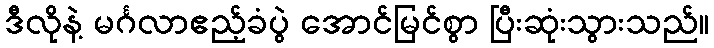
ဒီလိုနဲ့ မင်္ဂလာဧည့်ခံပွဲ အောင်မြင်စွာ ပြီးဆုံးသွားသည်။